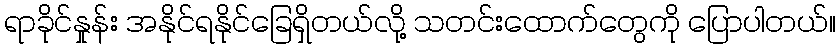
ရာခိုင်နှုန်း အနိုင်ရနိုင်ခြေရှိတယ်လို့ သတင်းထောက်တွေကို ပြောပါတယ်။